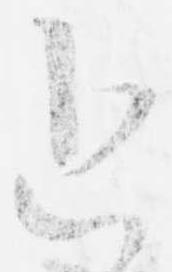
近